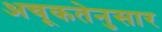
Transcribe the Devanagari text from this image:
अचूकतेनुसार